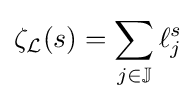
\zeta _{\mathcal {L}}(s)=\sum _{j\in \mathbb {J} }\ell _{j}^{s}